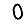
Digit: 0